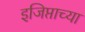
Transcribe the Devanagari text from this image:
इजिप्ताच्या